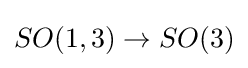
SO(1,3)\to SO(3)